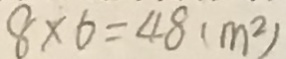
8 \times 6 = 4 8 ( m ^ { 2 } )